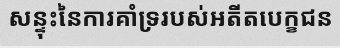
សន្ទុះនៃការគាំទ្ររបស់អតីតបេក្ខជន